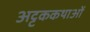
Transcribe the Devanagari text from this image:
अट्टककथाओं